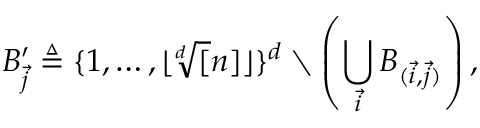
B _ { \vec { j } } ^ { \prime } \triangleq \{ 1 , \dots , \lfloor \sqrt [ d ] [ n ] \rfloor \} ^ { d } \setminus \left( \bigcup _ { \vec { i } } B _ { ( \vec { i } , \vec { j } ) } \right) ,